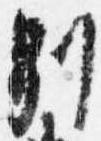
別